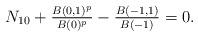
LaTeX: \begin{align*}N_{10} +\tfrac{B(0,1)^p}{B(0)^p}-\tfrac{B(-1,1)}{B(-1)}= 0.\end{align*}